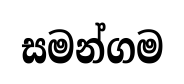
සමන්ගම